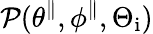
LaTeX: \mathcal{P}(\theta^{\parallel},\phi^{\parallel},\Theta_{\mathrm{i}})